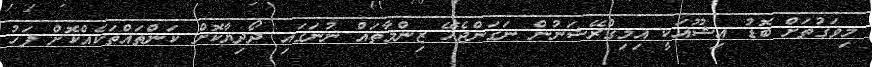
މިވަގުތަށް ބޮޑު އިޝޫއަކީ އިމިގްރޭޝަނުން ނަގަންޖެހޭ ޒިންމާތައް ނުނަގައި ދޯދިޔާކޮށް ކަންތައްތަކެއްކޮށް ފަހު